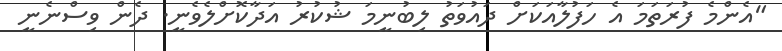
"އެންމެ ފުރަތަމަ އެ ހަފުލާއަކަށް ދައުވަތު ލިބުނީމަ ޝުކުރު އަދާކޮށްލެވެނީ. ދެން ވިސްނެނީ